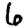
Digit: 6